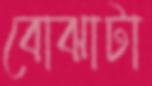
বোঝাটা